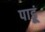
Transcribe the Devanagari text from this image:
पाडूं